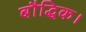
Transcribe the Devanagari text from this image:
बौद्धिक।